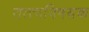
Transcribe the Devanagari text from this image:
तत्त्वविषयक